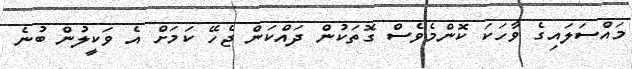
މައްސަލައިގެ ވާހަކަ ކޮންމެވެސް ގޮތަކުން ދައްކަން ޖެހޭ ކަމަށް އެ ވަކީލުން ބުނެ